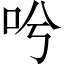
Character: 𠯋